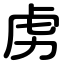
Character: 虏